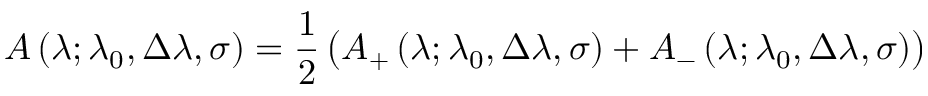
A \left( \lambda ; \lambda _ { 0 } , \Delta \lambda , \sigma \right) = { \frac { 1 } { 2 } } \left( A _ { + } \left( \lambda ; \lambda _ { 0 } , \Delta \lambda , \sigma \right) + A _ { - } \left( \lambda ; \lambda _ { 0 } , \Delta \lambda , \sigma \right) \right)